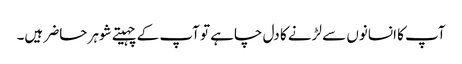
آپ کا انسانوں سے لڑنے کا دل چاہے تو آپ کے چہیتے شوہر حاضر ہیں۔